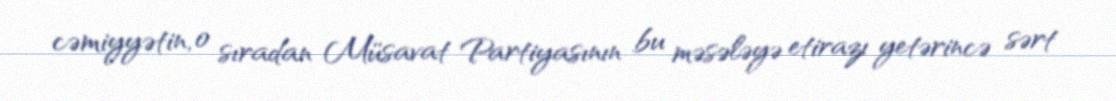
cəmiyyətin, o sıradan Müsavat Partiyasının bu məsələyə etirazı yetərincə sərt